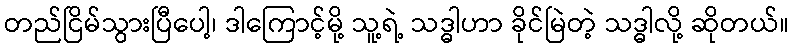
တည်ငြိမ်သွားပြီပေါ့၊ ဒါကြောင့်မို့ သူ့ရဲ့ သဒ္ဓါဟာ ခိုင်မြဲတဲ့ သဒ္ဓါလို့ ဆိုတယ်။